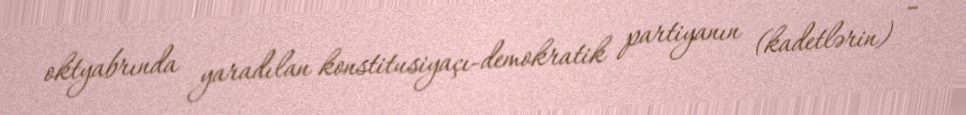
oktyabrında yaradılan konstitusiyaçı-demokratik partiyanın (kadetlərin) –